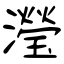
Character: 瀅